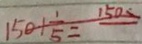
1 5 0 + \frac { 1 } { 5 } = 1 5 0 s